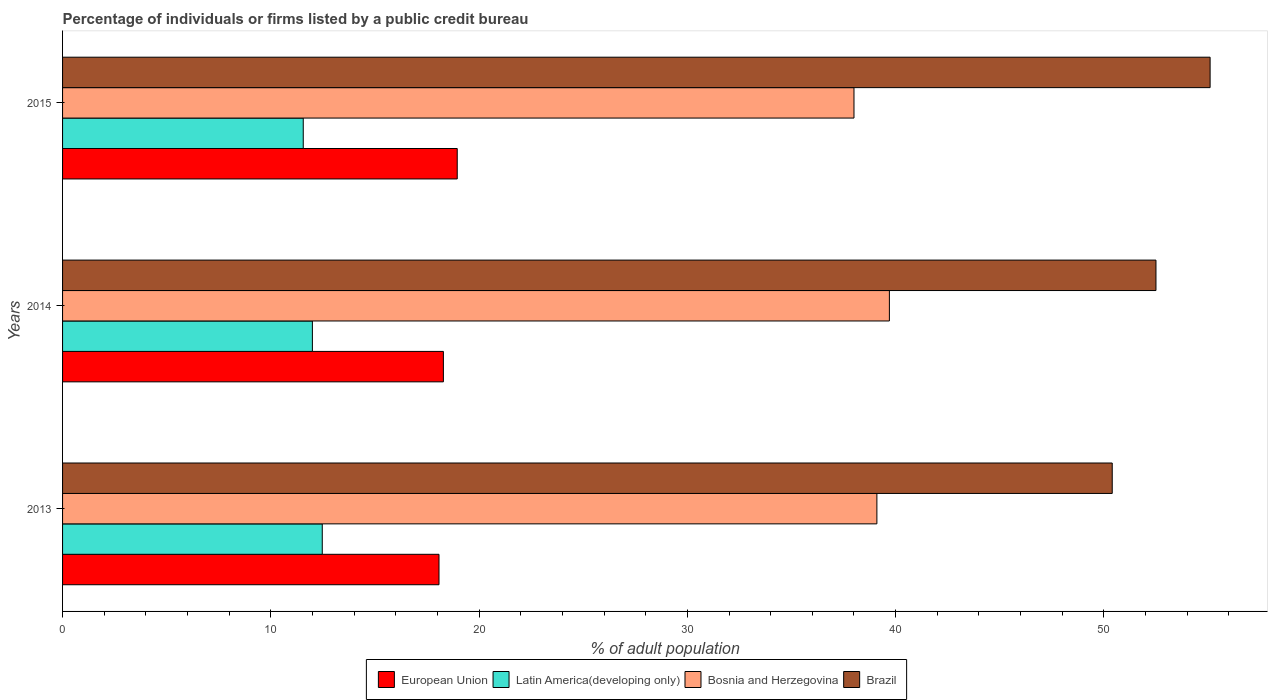
| Years | European Union | Latin America(developing only) | Bosnia and Herzegovina | Brazil |
 | --- | --- | --- | --- | --- |
 | 2013 | 18.1 | 12.5 | 39.1 | 50.4 |
 | 2014 | 18.3 | 12 | 39.7 | 52.5 |
 | 2015 | 18.9 | 11.6 | 38 | 55.1 |